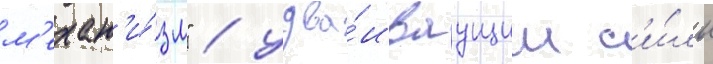
м'ехан'и́зм" / удва́иваущим с'и́лы